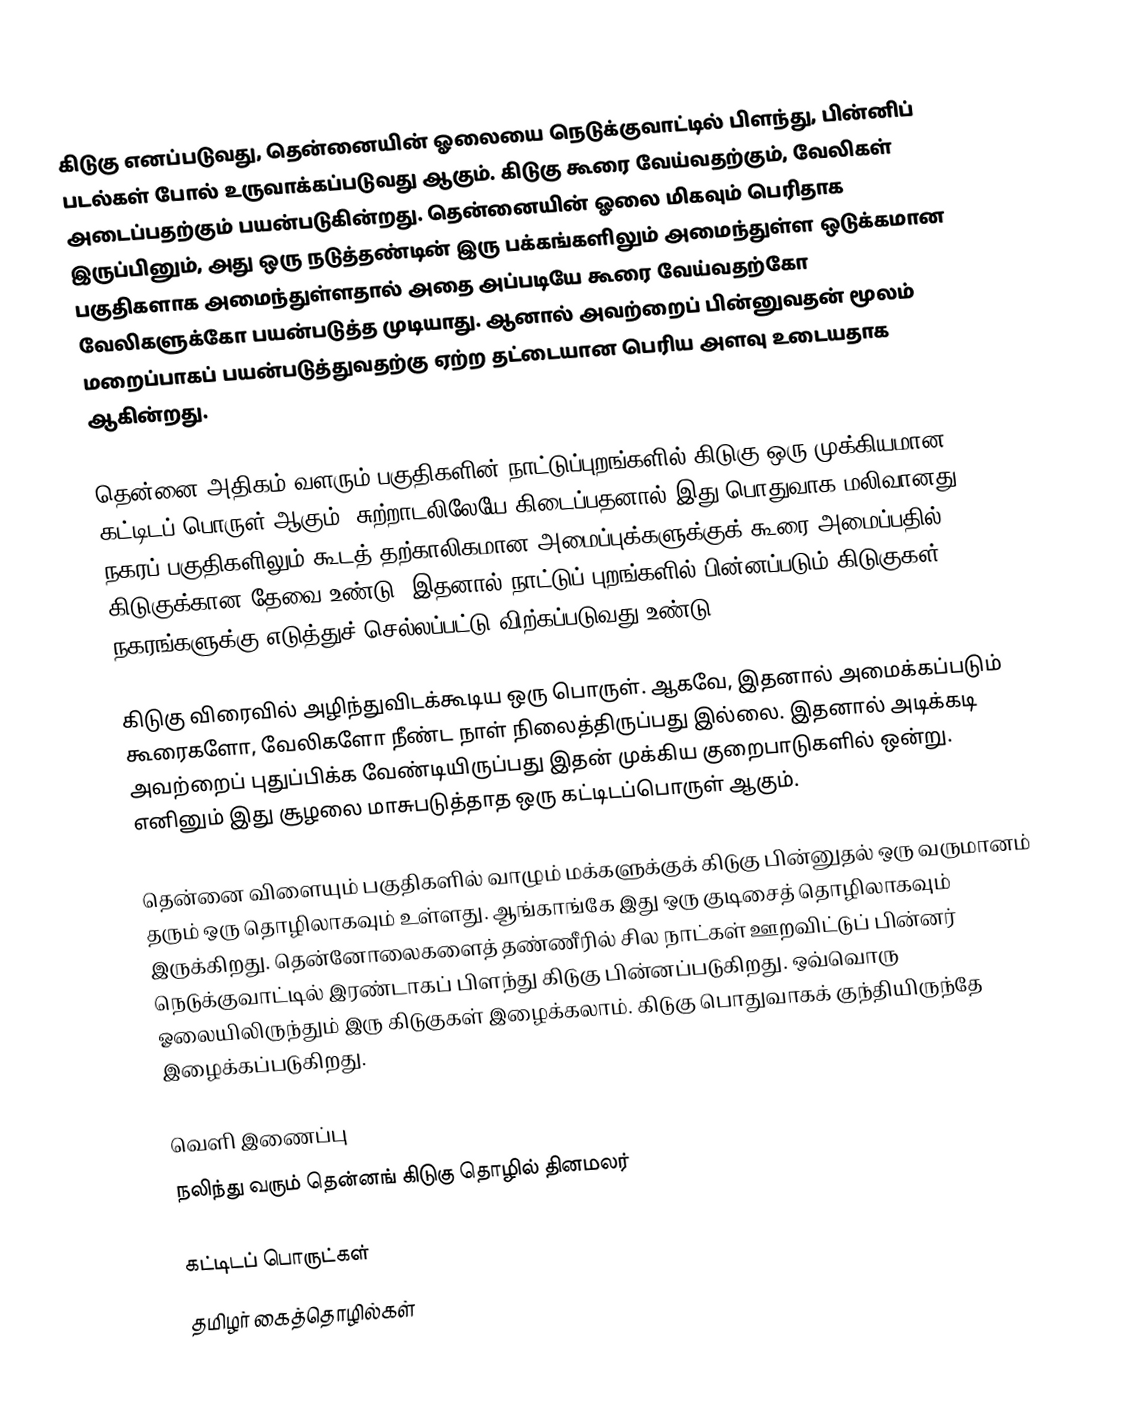
கிடுகு எனப்படுவது, தென்னையின் ஓலையை நெடுக்குவாட்டில் பிளந்து, பின்னிப் படல்கள் போல் உருவாக்கப்படுவது ஆகும். கிடுகு கூரை வேய்வதற்கும், வேலிகள் அடைப்பதற்கும் பயன்படுகின்றது. தென்னையின் ஓலை மிகவும் பெரிதாக இருப்பினும், அது ஒரு நடுத்தண்டின் இரு பக்கங்களிலும் அமைந்துள்ள ஒடுக்கமான பகுதிகளாக அமைந்துள்ளதால் அதை அப்படியே கூரை வேய்வதற்கோ வேலிகளுக்கோ பயன்படுத்த முடியாது. ஆனால் அவற்றைப் பின்னுவதன் மூலம் மறைப்பாகப் பயன்படுத்துவதற்கு ஏற்ற தட்டையான பெரிய அளவு உடையதாக ஆகின்றது.

தென்னை அதிகம் வளரும் பகுதிகளின் நாட்டுப்புறங்களில் கிடுகு ஒரு முக்கியமான கட்டிடப் பொருள் ஆகும். சுற்றாடலிலேயே கிடைப்பதனால் இது பொதுவாக மலிவானது. நகரப் பகுதிகளிலும் கூடத் தற்காலிகமான அமைப்புக்களுக்குக் கூரை அமைப்பதில் கிடுகுக்கான தேவை உண்டு. இதனால் நாட்டுப் புறங்களில் பின்னப்படும் கிடுகுகள் நகரங்களுக்கு எடுத்துச் செல்லப்பட்டு விற்கப்படுவது உண்டு.

கிடுகு விரைவில் அழிந்துவிடக்கூடிய ஒரு பொருள். ஆகவே, இதனால் அமைக்கப்படும் கூரைகளோ, வேலிகளோ நீண்ட நாள் நிலைத்திருப்பது இல்லை. இதனால் அடிக்கடி அவற்றைப் புதுப்பிக்க வேண்டியிருப்பது இதன் முக்கிய குறைபாடுகளில் ஒன்று. எனினும் இது சூழலை மாசுபடுத்தாத ஒரு கட்டிடப்பொருள் ஆகும்.

தென்னை விளையும் பகுதிகளில் வாழும் மக்களுக்குக் கிடுகு பின்னுதல் ஒரு வருமானம் தரும் ஒரு தொழிலாகவும் உள்ளது. ஆங்காங்கே இது ஒரு குடிசைத் தொழிலாகவும் இருக்கிறது. தென்னோலைகளைத் தண்ணீரில் சில நாட்கள் ஊறவிட்டுப் பின்னர் நெடுக்குவாட்டில் இரண்டாகப் பிளந்து கிடுகு பின்னப்படுகிறது. ஒவ்வொரு ஓலையிலிருந்தும் இரு கிடுகுகள் இழைக்கலாம். கிடுகு பொதுவாகக் குந்தியிருந்தே இழைக்கப்படுகிறது.

வெளி இணைப்பு
 நலிந்து வரும் தென்னங் கிடுகு தொழில் தினமலர்

கட்டிடப் பொருட்கள்
தமிழர் கைத்தொழில்கள்